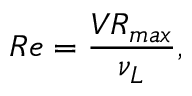
R e = { \frac { V R _ { m a x } } { \nu _ { L } } } ,